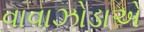
વાવાઝોડાએ